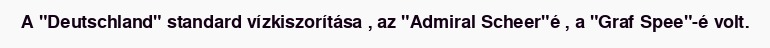
A "Deutschland" standard vízkiszorítása , az "Admiral Scheer"é , a "Graf Spee"-é volt.